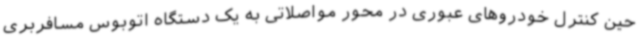
حین کنترل خودروهای عبوری در محور مواصلاتی به یک دستگاه اتوبوس مسافربری